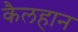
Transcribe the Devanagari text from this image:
कैलहान